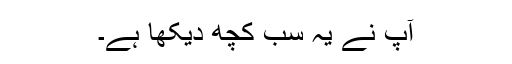
آپ نے یہ سب کچھ دیکھا ہے۔